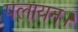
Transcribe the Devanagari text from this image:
पलायन।